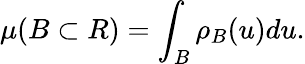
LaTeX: \mu(B\subset R)=\int_{B}\rho_{B}(u)du.